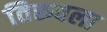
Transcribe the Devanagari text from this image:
तिरुवला